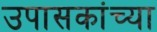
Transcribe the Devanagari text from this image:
उपासकांच्या